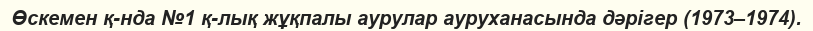
Өскемен қ-нда №1 қ-лық жұқпалы аурулар ауруханасында дәрігер (1973–1974).